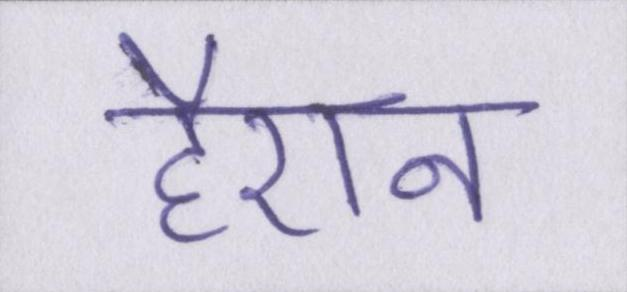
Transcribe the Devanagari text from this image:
हैरान